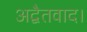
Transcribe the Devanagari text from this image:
अद्वैतवाद।